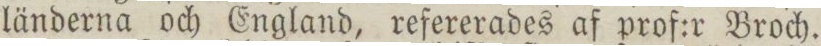
länderna och England, refererades af prof:r Broch.